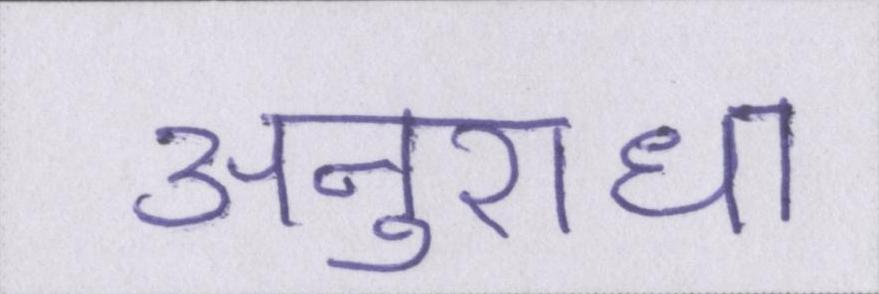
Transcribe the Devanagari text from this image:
अनुराधा